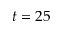
t = 2 5